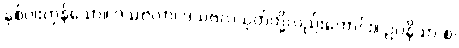
နှစ်ပါးကုန်သော။ ဒသဗလာ၊ ဒသဗလသုတ်တို့လည်းကောင်း။ ဥပနိသာ စ၊